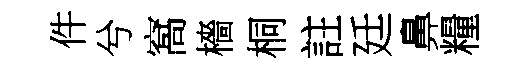
件兮窩檣桐註廷鼻糧